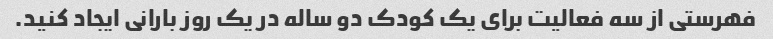
فهرستی از سه فعالیت برای یک کودک دو ساله در یک روز بارانی ایجاد کنید.